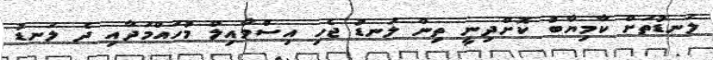
ލަނޑުތަށް ކާމިޔާބު ކޮށްދިނީ ތިން ލަނޑު ޖެހި އިސްމާއިލް މުހައްމަދާއި ދެ ލަނޑު